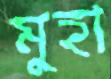
মুহা